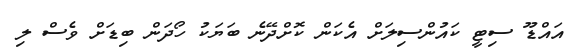
އައްޑޫ ސިޓީ ކައުންސިލަށް އެކަން ކޮށްދޭނެ ބަޔަކު ހޯދަން ބިޑަށް ވެސް ލި